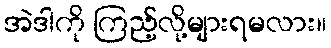
အဲဒါကို ကြည့်လို့များရမလား။